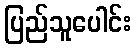
ပြည်သူပေါင်း